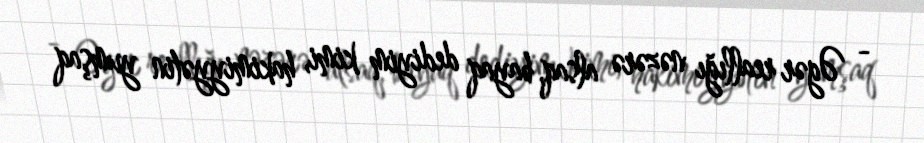
- Əgər reallığı nəzərə alsaq, bayaq dediyim kimi, hakimiyyətin yumşaq